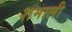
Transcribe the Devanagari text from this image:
शमाली